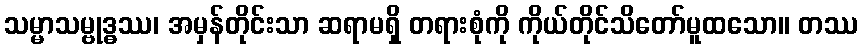
သမ္မာသမ္ဗုဒ္ဓဿ၊ အမှန်တိုင်းသာ ဆရာမရှိ တရားစုံကို ကိုယ်တိုင်သိတော်မူထသော။ တဿ